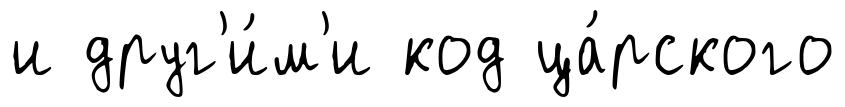
и друг'и́м'и код ца́рского